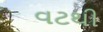
વટથી